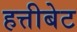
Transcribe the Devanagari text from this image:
हत्तीबेट